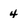
Character: 4